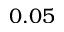
0 . 0 5